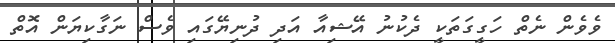
ވެވެން ނެތް ހަގީގަތަކީ ދެކުނު އޭޝިއާ އަދި ދުނިޔޭގައި ވެސް ނަގާކިޔަން އޮތް